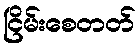
ငြိမ်းစေတတ်